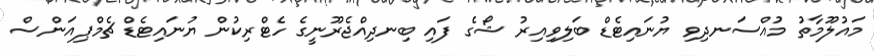
މައުލޫމާތު މުއްސަނދިވި ޔުނައިޓެޑް ބަލިވިއިރު ޝޯގެ ފައި ބިނދިއްޖެރޫނީގެ ހެޓްރިކުން ޔުނައިޓެޑް ޗެމްޕިއަންސް